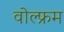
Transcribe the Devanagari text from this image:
वोल्फ्रम